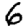
Digit: 6